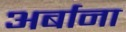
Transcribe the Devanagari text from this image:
अर्बाना